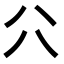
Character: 𠔁